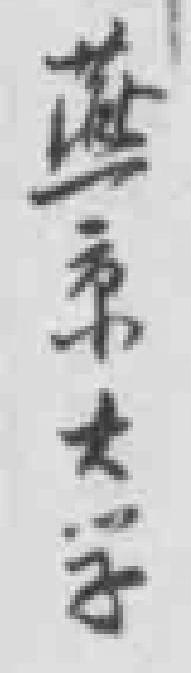
燕京大学